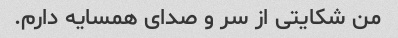
من شکایتی از سر و صدای همسایه دارم.